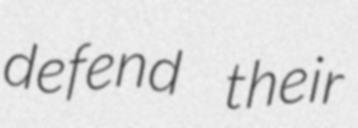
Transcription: defend their